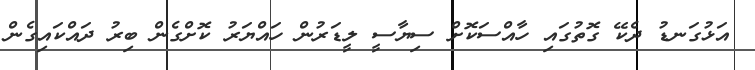
އަޅުގަނޑު ދެކޭ ގޮތުގައި ހާއްސަކޮށް ސިޔާސީ ލީޑަރުން ހައްޔަރު ކޮށްގެން ބިރު ދައްކައިގެން